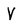
Character: V